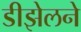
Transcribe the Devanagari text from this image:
डीझेलने